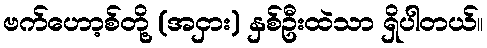
ဗက်ဟော့စ်တို့ (အငှား) နှစ်ဦးထဲသာ ရှိပါတယ်။